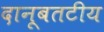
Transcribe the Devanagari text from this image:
दानूबतटीय